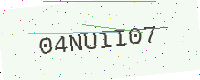
Text: 04NUII07